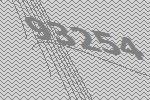
93254